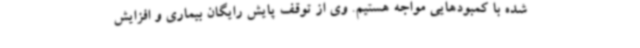
شده با کمبودهایی مواجه هستیم. وی از توقف پایش رایگان بیماری و افزایش